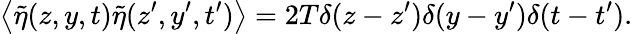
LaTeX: \left\langle\tilde{\eta}(z,y,t)\tilde{\eta}(z^{\prime},y^{\prime},t^{\prime})\right\rangle=2T\delta(z-z^{\prime})\delta(y-y^{\prime})\delta(t-t^{\prime}).